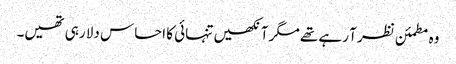
وہ مطمئن نظر آ رہے تھے مگر آنکھیں تنہائی کا احساس دلا رہی تھیں۔